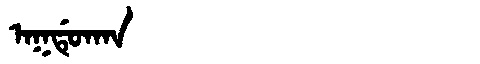
Manchu: ᠠᡴᡩᡠᡴᠠᠨ
Romanization: AKDUKAN